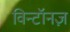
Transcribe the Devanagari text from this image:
विन्टॉनज़